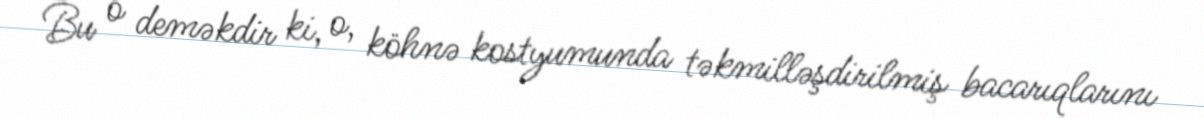
Bu o deməkdir ki, o, köhnə kostyumunda təkmilləşdirilmiş bacarıqlarını